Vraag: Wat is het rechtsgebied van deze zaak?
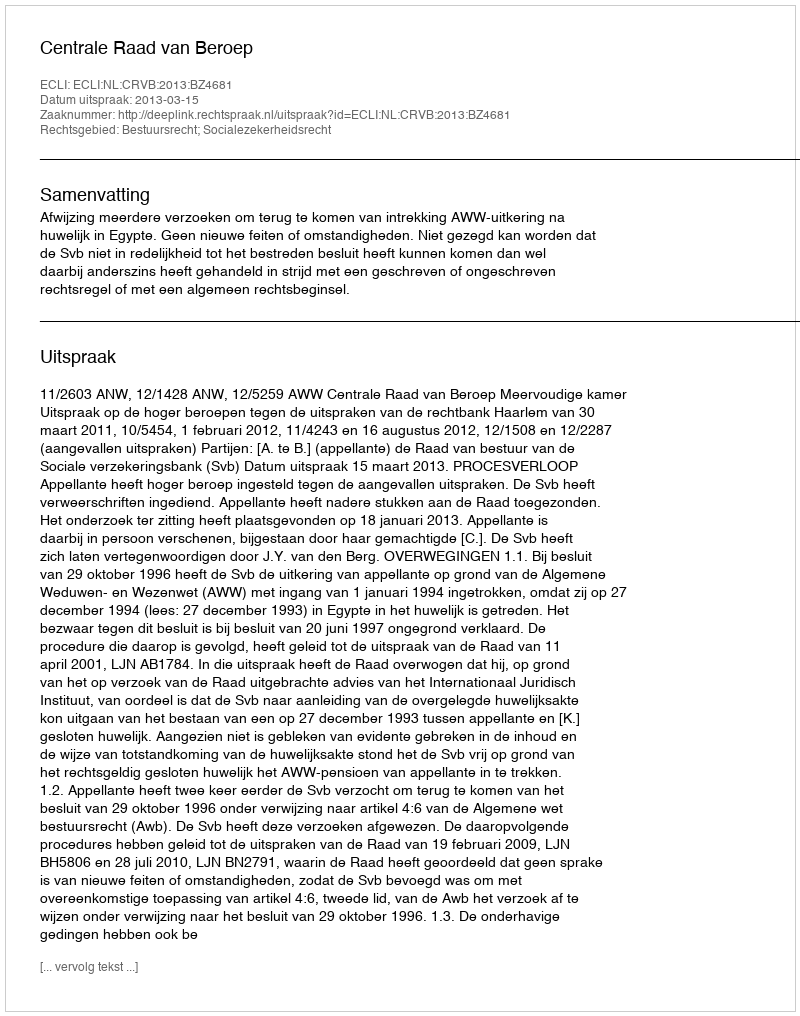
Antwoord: Bestuursrecht; Socialezekerheidsrecht